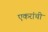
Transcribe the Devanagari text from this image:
एकरांची